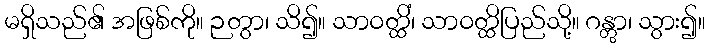
မရှိသည်၏ အဖြစ်ကို။ ဉတွာ၊ သိ၍။ သာဝတ္ထိံ၊ သာဝတ္ထိပြည်သို့။ ဂန္တွာ၊ သွား၍။